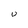
Character: U